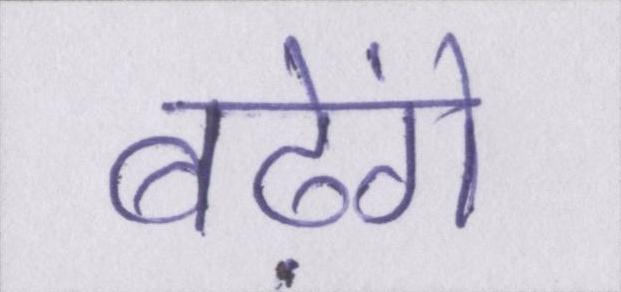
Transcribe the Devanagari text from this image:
बढ़ेंगे